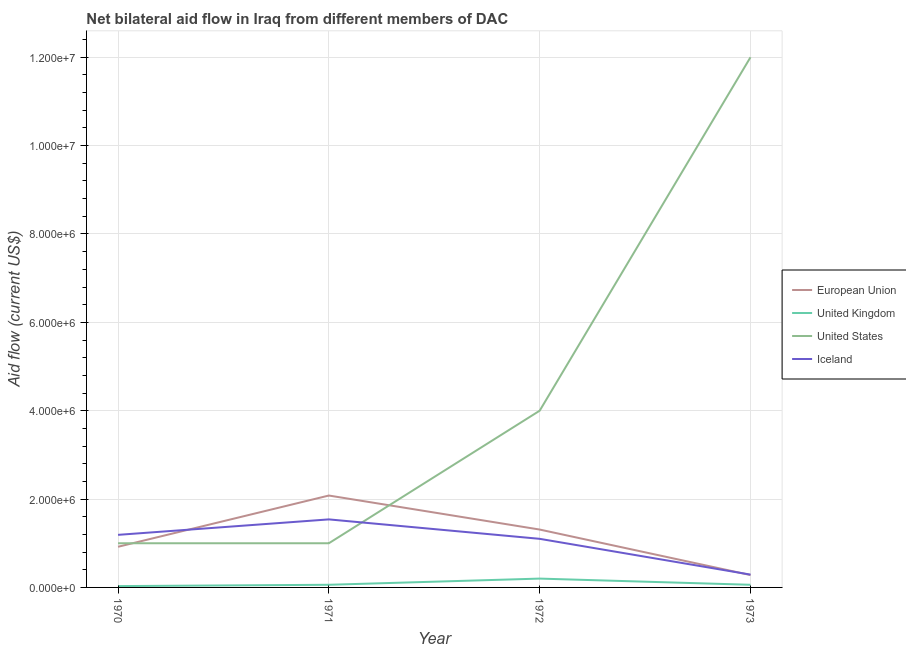
| Year | European Union | United Kingdom | United States | Iceland |
 | --- | --- | --- | --- | --- |
 | 1970 | 9.2e+05 | 3e+04 | 1e+06 | 1.19e+06 |
 | 1971 | 2.08e+06 | 6e+04 | 1e+06 | 1.54e+06 |
 | 1972 | 1.31e+06 | 2e+05 | 4e+06 | 1.1e+06 |
 | 1973 | 2.8e+05 | 6e+04 | 1.2e+07 | 2.9e+05 |